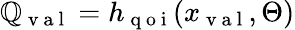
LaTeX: \mathbb{Q}_{\mathrm{{~v~a~l~}}}=h_{\mathrm{{~q~o~i~}}}(x_{\mathrm{{~v~a~l~}}},\Theta)